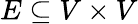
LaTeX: E\subseteq V\times V